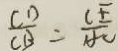
\frac { C D } { C B } = \frac { C E } { A C }